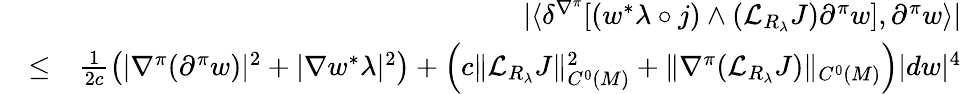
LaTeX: \begin{array}{rlr}&{}&{|\langle\delta^{\nabla^{\pi}}[(w^{*}\lambda\circ j)\wedge({\mathcal L}_{R_{\lambda}}J)\partial^{\pi}w],\partial^{\pi}w\rangle|}\\ &{\leq}&{\frac{1}{2c}\left(|\nabla^{\pi}(\partial^{\pi}w)|^{2}+|\nabla w^{*}\lambda|^{2}\right)+\left(c\| {\mathcal L}_{R_{\lambda}}J\| _{C^{0}(M)}^{2}+\| \nabla^{\pi}({\mathcal L}_{R_{\lambda}}J)\| _{C^{0}(M)}\right)|dw|^{4}}\end{array}